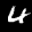
Label: 4